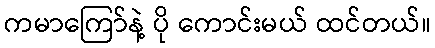
ကမာကြော်နဲ့ ပို ကောင်းမယ် ထင်တယ်။